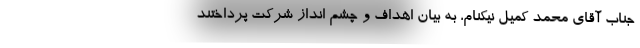
جناب آقای محمد کمیل نیکنام، به بیان اهداف و چشم انداز شرکت پرداختند